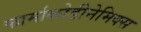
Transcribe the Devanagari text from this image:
फार्माकोडीनेमिक्स